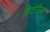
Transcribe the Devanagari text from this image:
ब्रिटोनिक